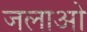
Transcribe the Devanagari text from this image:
जलाओ